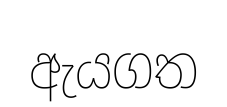
ඇයගත